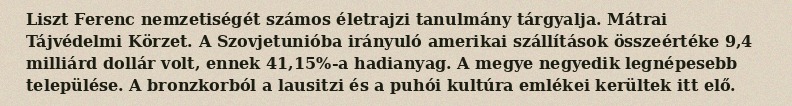
Liszt Ferenc nemzetiségét számos életrajzi tanulmány tárgyalja. Mátrai Tájvédelmi Körzet. A Szovjetunióba irányuló amerikai szállítások összeértéke 9,4 milliárd dollár volt, ennek 41,15%-a hadianyag. A megye negyedik legnépesebb települése. A bronzkorból a lausitzi és a puhói kultúra emlékei kerültek itt elő.